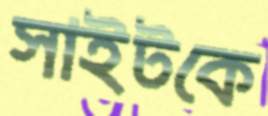
সাইটকে